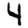
Digit: 4